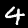
Digit: 4